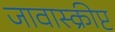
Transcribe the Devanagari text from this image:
जावास्क्रीप्ट